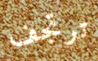
ترتجف